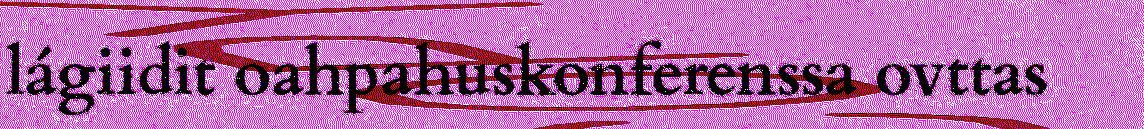
lágiidit oahpahuskonferenssa ovttas